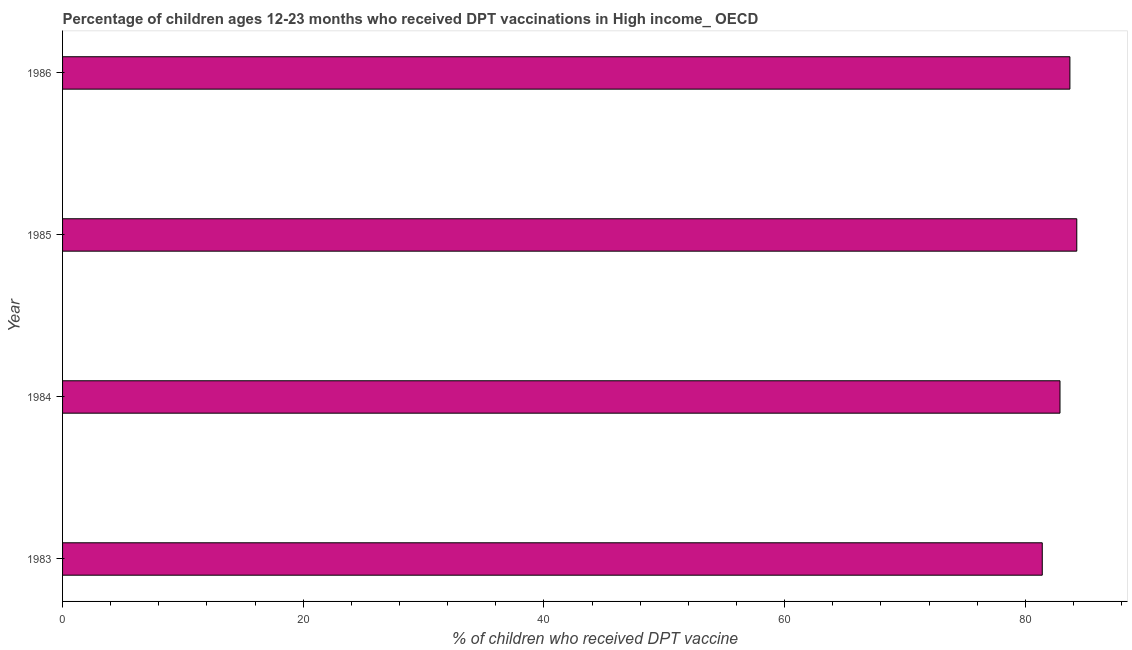
| Year | Immunization |
 | --- | --- |
 | 1983 | 81.4 |
 | 1984 | 82.9 |
 | 1985 | 84.3 |
 | 1986 | 83.7 |